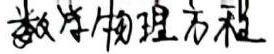
数学物理方程